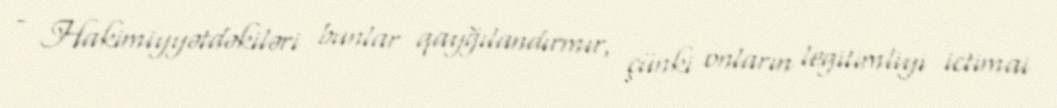
- Hakimiyyətdəkiləri bunlar qayğılandırmır, çünki onların legitimliyi ictimai